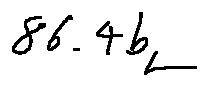
8 6 . 4 b _ { L }